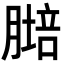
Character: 𦟷